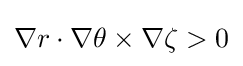
\nabla r\cdot \nabla \theta \times \nabla \zeta >0